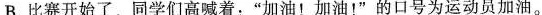
B.比赛开始了，同学们高喊着：”加油！加油！”的口号为运动员加油。